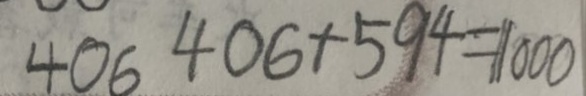
4 0 6 4 0 6 + 5 9 4 = 1 0 0 0